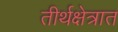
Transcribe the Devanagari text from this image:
तीर्थक्षेत्रात